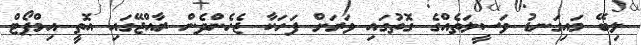
ލިބޭ މައިގަނޑު ވަސީލަތެއްގެ ގޮތުގައި ވަރަށް ފަހަކާ ޖެހެންދެން ރާއްޖޭގައި އޮތީ އިމްޕޯޓް